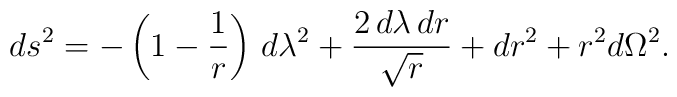
ds^2 = - \left (1 - {1 \over r} \right ) \,d\lambda^2+ {2\,d\lambda\,dr \over \sqrt{r}} + dr^2 +  r^2 d\Omega^2 .